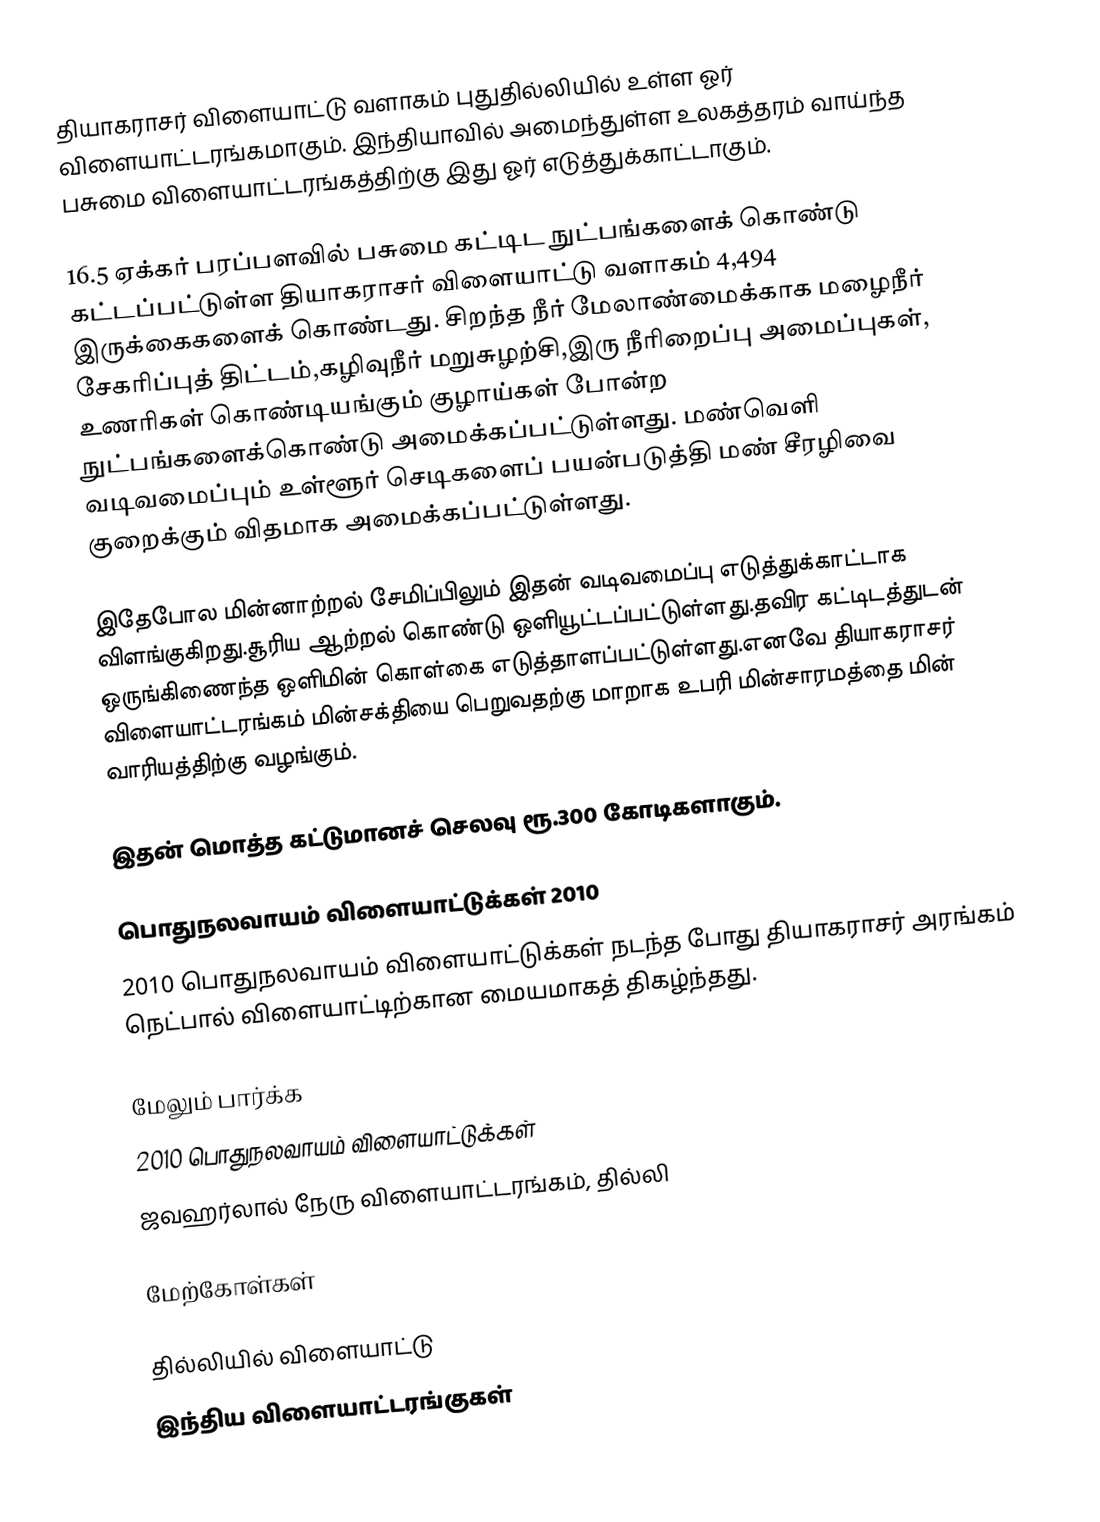
தியாகராசர் விளையாட்டு வளாகம் புதுதில்லியில் உள்ள ஓர் விளையாட்டரங்கமாகும். இந்தியாவில் அமைந்துள்ள உலகத்தரம் வாய்ந்த பசுமை விளையாட்டரங்கத்திற்கு இது ஓர் எடுத்துக்காட்டாகும்.

16.5 ஏக்கர் பரப்பளவில் பசுமை கட்டிட நுட்பங்களைக் கொண்டு கட்டப்பட்டுள்ள தியாகராசர் விளையாட்டு வளாகம் 4,494 இருக்கைகளைக் கொண்டது. சிறந்த நீர் மேலாண்மைக்காக மழைநீர் சேகரிப்புத் திட்டம்,கழிவுநீர் மறுசுழற்சி,இரு நீரிறைப்பு அமைப்புகள், உணரிகள் கொண்டியங்கும் குழாய்கள் போன்ற நுட்பங்களைக்கொண்டு அமைக்கப்பட்டுள்ளது. மண்வெளி வடிவமைப்பும் உள்ளூர் செடிகளைப் பயன்படுத்தி மண் சீரழிவை குறைக்கும் விதமாக அமைக்கப்பட்டுள்ளது.

இதேபோல மின்னாற்றல் சேமிப்பிலும் இதன் வடிவமைப்பு எடுத்துக்காட்டாக விளங்குகிறது.சூரிய ஆற்றல் கொண்டு ஒளியூட்டப்பட்டுள்ளது.தவிர கட்டிடத்துடன் ஒருங்கிணைந்த ஒளிமின் கொள்கை எடுத்தாளப்பட்டுள்ளது.எனவே தியாகராசர் விளையாட்டரங்கம் மின்சக்தியை பெறுவதற்கு மாறாக உபரி மின்சாரமத்தை மின் வாரியத்திற்கு வழங்கும்.

இதன் மொத்த கட்டுமானச் செலவு ரூ.300 கோடிகளாகும்.

பொதுநலவாயம் விளையாட்டுக்கள் 2010
2010 பொதுநலவாயம் விளையாட்டுக்கள் நடந்த போது தியாகராசர் அரங்கம் நெட்பால் விளையாட்டிற்கான மையமாகத் திகழ்ந்தது.

மேலும் பார்க்க
 2010 பொதுநலவாயம் விளையாட்டுக்கள்
 ஜவஹர்லால் நேரு விளையாட்டரங்கம், தில்லி

மேற்கோள்கள்

தில்லியில் விளையாட்டு
இந்திய விளையாட்டரங்குகள்